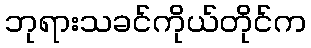
ဘုရားသခင်ကိုယ်တိုင်က